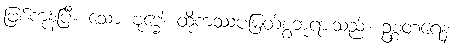
ဖြစ်ကုန်ပြီ။ သော ဗုဒ္ဓေါ၊ ထိုကဿပမြတ်စွဘုရားသည်။ ဥစ္စတရေန၊